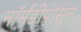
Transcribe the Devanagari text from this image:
नॉर्मंडीपासून